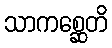
သာကစ္ဆေတိ